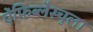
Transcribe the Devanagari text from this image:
ऐंफिब्लैस्चुला